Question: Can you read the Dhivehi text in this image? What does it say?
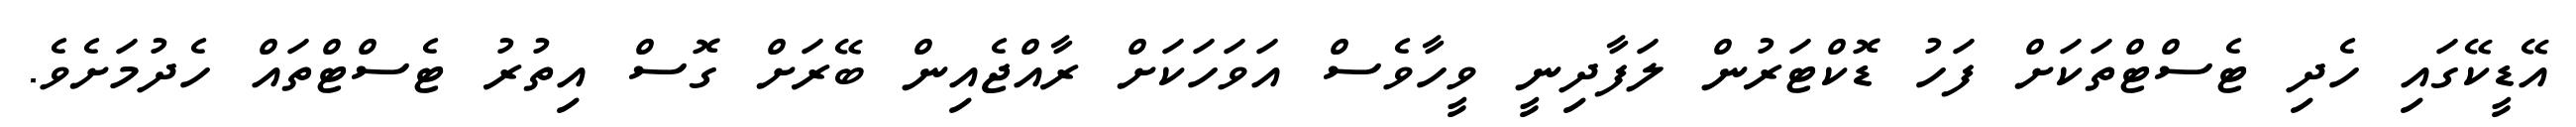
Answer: އޭޑީކޭގައި ހެދި ޓެސްޓްތަކަށް ފަހު ޑޮކްޓަރުން ލަފާދިނީ ވީހާވެސް އަވަހަކަށް ރާއްޖެއިން ބޭރަށް ގޮސް އިތުރު ޓެސްޓްތައް ހެދުމަށެވެ.